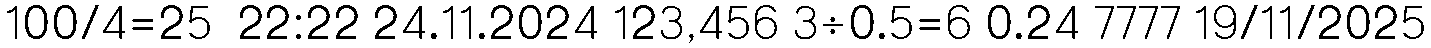
100/4=25  22:22 24.11.2024 123,456 3÷0.5=6 0.24 7777 19/11/2025